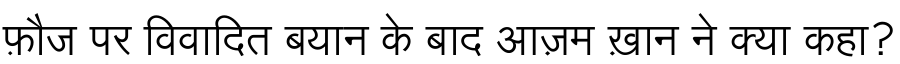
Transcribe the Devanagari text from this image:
फ़ौज पर विवादित बयान के बाद आज़म ख़ान ने क्या कहा?